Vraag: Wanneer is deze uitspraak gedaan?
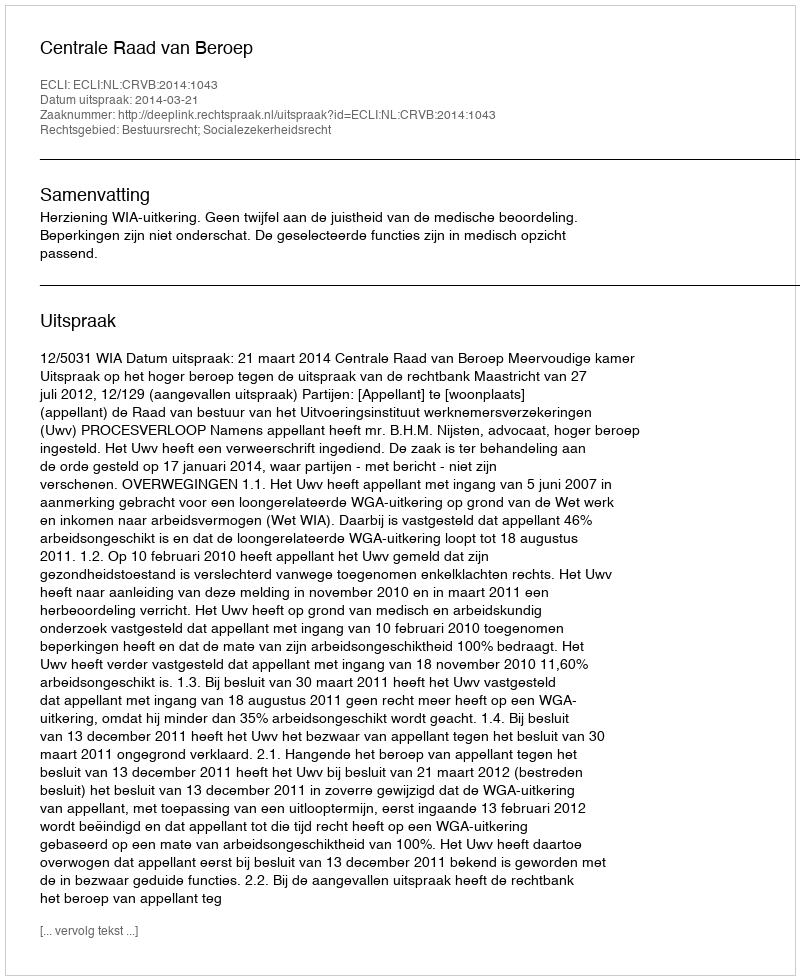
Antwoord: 2014-03-21